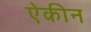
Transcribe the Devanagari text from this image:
ऐकीन